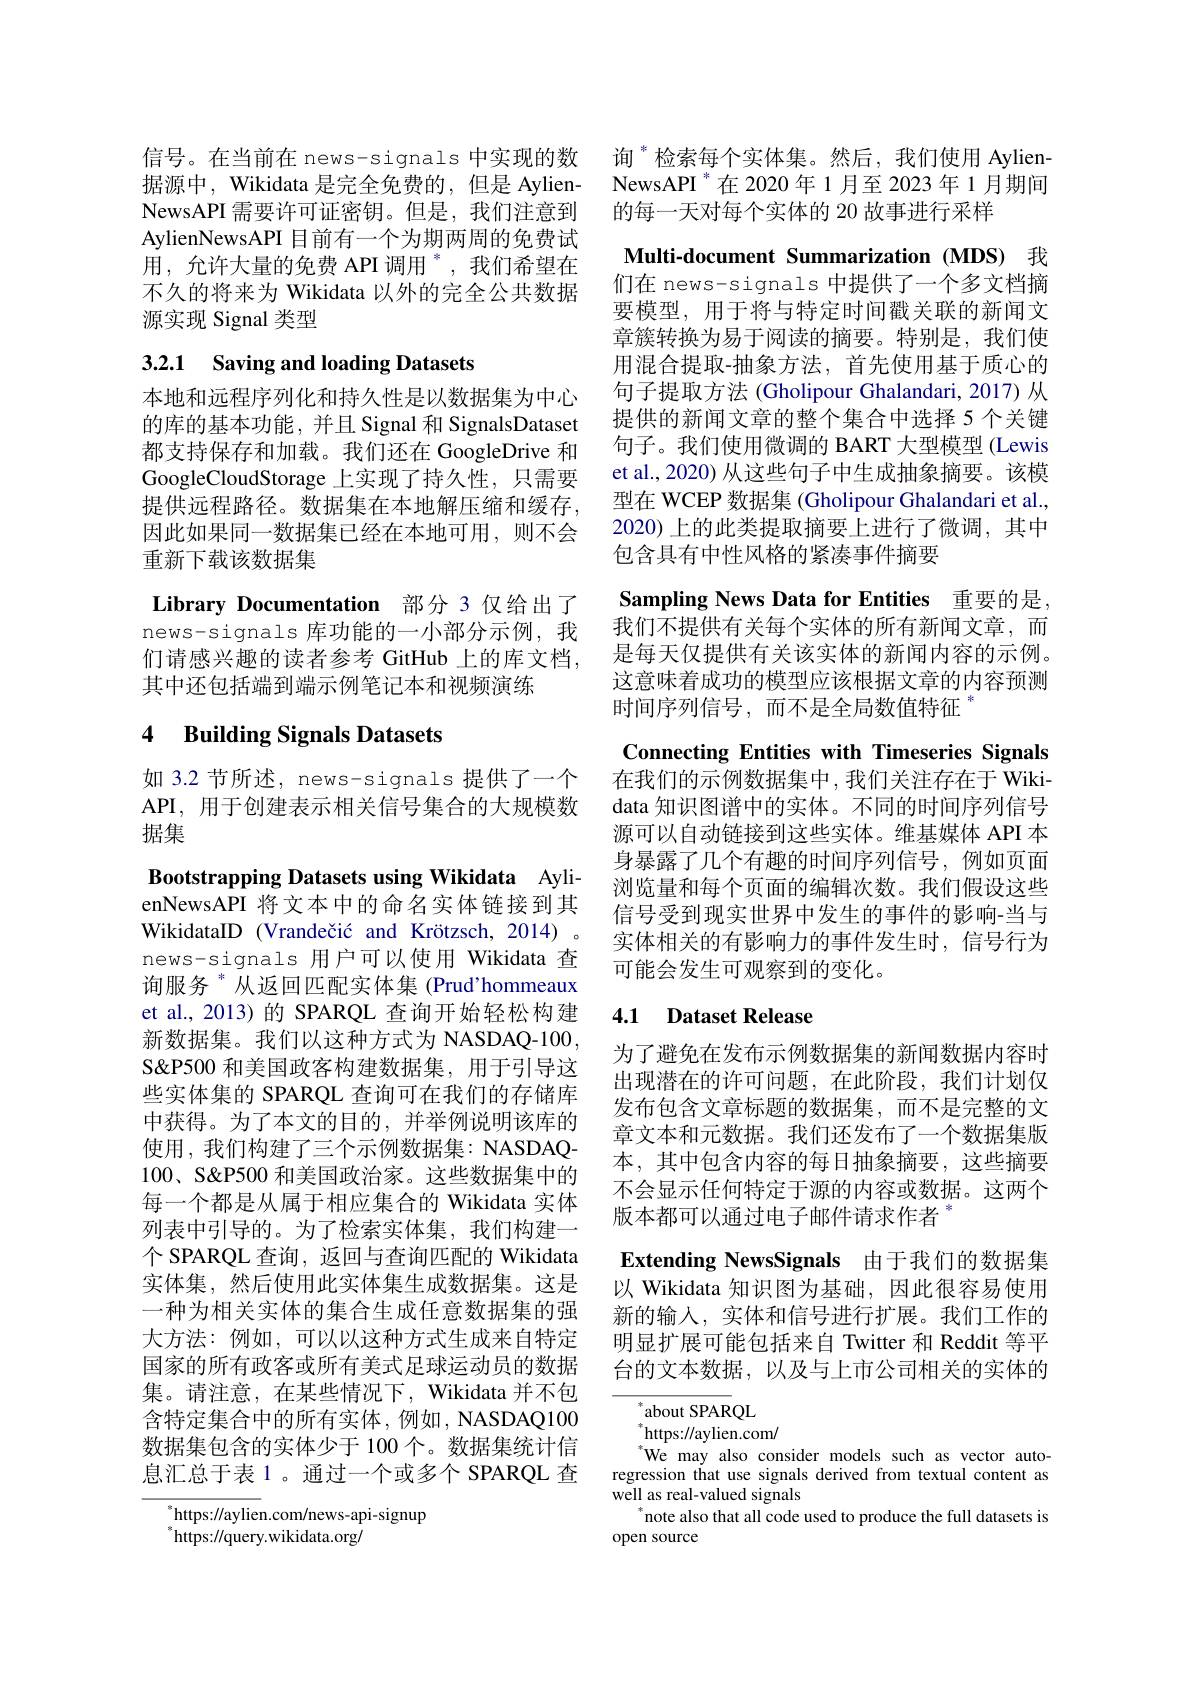
AylienNewsAPI 目前有一个为期两周的免费试用，允许大量的免费 API 调用 ”,我们希望在不久的将来为 Wikidata 以外的完全公共数据源实现 Signal 类型

# 3.2.1 Saving and loading Datasets

本地和远程序列化和持久性是以数据集为中心的库的基本功能，并且 Signal 和 SignalsDataset 都支持保存和加载。我们还在 GoogleDrive 和GoogleCloudStorage 上实现了持久性，只需要提供远程路径。数据集在本地解压缩和缓存， 因此如果同一数据集已经在本地可用，则不会重新下载该数据集
Library Documentation 部分 3 仅给出了
news-signals 库功能的一小部分示例，我 我们不提供有关每个实体的所有新闻文章，而
们请感兴趣的读者参考 GitHub 上的库文档，
其中还包括端到端示例笔记本和视频演练

## 4 Building Signals Datasets

如 3.2 节所述，news-signals 提供了一个API, 用于创建表示相关信号集合的大规模数据集

Bootstrapping Datasets using Wikidata AylienNewsAPI 将文本中的命名实体链接到其WikidataID (Vrandečić and Krötzsch, 2014) 。news-signals 用户可以使用 Wikidata 查询服务$^{*}$从返回匹配实体集 (Prud’hommeaux et al., 2013)的 SPARQL 查询开始轻松构建新数据集。我们以这种方式为 NASDAQ-100, S&P500 和美国政客构建数据集，用于引导这些实体集的 SPARQL 查询可在我们的存储库中获得。为了本文的目的，并举例说明该库的使用 , 我们构建了三个示例数据集：NASDAQ- 100、S&P500 和美国政治家。这些数据集中的每一个都是从属于相应集合的 Wikidata 实体列表中引导的。为了检索实体集，我们构建一个 SPARQL 查询，返回与查询匹配的 Wikidata 实体集，然后使用此实体集生成数据集。这是一种为相关实体的集合生成任意数据集的强大方法：例如，可以以这种方式生成来自特定国家的所有政客或所有美式足球运动员的数据集。请注意，在某些情况下，Wikidata 并不包含特定集合中的所有实体，例如，NASDAQ100数据集包含的实体少于 100个。数据集统计信息汇总于表 1 。通过一个或多个 SPARQL 查
${}_{s}^{*}{\mathrm{https:}}//{\mathrm{aylien}}.{\mathrm{com/news-api-signup}}$

$^{*}$https://query.wikidata.org/

信号。在当前在 news-signals 中实现的数 询 $^{*}$检索每个实体集。然后，我们使用 Aylien据源中，Wikidata 是完全免费的，但是 Aylien- NewsAPI $^{*}$在 2020 年1月至 2023 年 1月期间NewsAPI 需要许可证密钥。但是，我们注意到 的每一天对每个实体的 20 故事进行采样

Multi-document Summarization (MDS) 我们在 news-signals 中提供了一个多文档摘要模型，用于将与特定时间戳关联的新闻文章簇转换为易于阅读的摘要。特别是，我们使用混合提取-抽象方法，首先使用基于质心的句子提取方法 (Gholipour Ghalandari, 2017) 从提供的新闻文章的整个集合中选择 5 个关键句子。我们使用微调的 BART 大型模型 (Lewis et al., 2020) 从这些句子中生成抽象摘要。该模型在 WCEP 数据集 (Gholipour Ghalandari et al., 2020) 上的此类提取摘要上进行了微调，其中包含具有中性风格的紧凑事件摘要

Sampling News Data for Entities 重要的是， 是每天仅提供有关该实体的新闻内容的示例。这意味着成功的模型应该根据文章的内容预测时间序列信号，而不是全局数值特征
Connecting Entities with Timeseries Signals 在我们的示例数据集中，我们关注存在于 Wikidata 知识图谱中的实体。不同的时间序列信号源可以自动链接到这些实体。维基媒体 API 本身暴露了几个有趣的时间序列信号，例如页面浏览量和每个页面的编辑次数。我们假设这些信号受到现实世界中发生的事件的影响-当与实体相关的有影响力的事件发生时，信号行为可能会发生可观察到的变化。
4.1 Dataset Release

为了避免在发布示例数据集的新闻数据内容时出现潜在的许可问题，在此阶段，我们计划仅发布包含文章标题的数据集，而不是完整的文章文本和元数据。我们还发布了一个数据集版本，其中包含内容的每日抽象摘要，这些摘要不会显示任何特定于源的内容或数据。这两个版本都可以通过电子邮件请求作者

Extending NewsSignals 由于我们的数据集以 Wikidata 知识图为基础，因此很容易使用新的输入，实体和信号进行扩展。我们工作的明显扩展可能包括来自 Twitter 和 Reddit 等平台的文本数据，以及与上市公司相关的实体的

$^*$about SPARQL
$^*$https://aylien.com/
$^{*}$We may also consider models such as vector autoregression that use signals derived from textual content as well as real-valued signals
note also that all code used to produce the full datasets is
open source